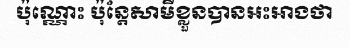
ប៉ុណ្ណោះ ប៉ុន្តែសាមីខ្លួនបានអះអាងថា